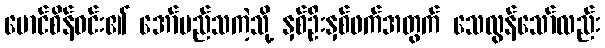
မောင်စိန်ဝင်း၏ အော်မည်သကဲ့သို့ နှစ်ဦးနှစ်ဖက်အတွက် သေလွန်သော်လည်း